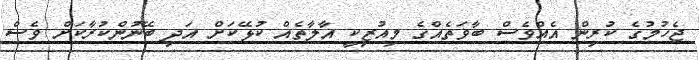
ޖެހުމުގެ ކުރިން އެއްވެސް ބާވަތެއްގެ މިއުޒިކީ އާލާތެއް ކުޅޭކަށް އަދި ބޭނުންކުރާކަށް ވެސް